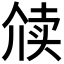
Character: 𬿋